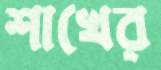
শাখের